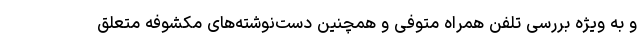
و به ویژه بررسی تلفن همراه متوفی و همچنین دست‌نوشته‌های مکشوفه متعلق